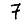
Digit: 7